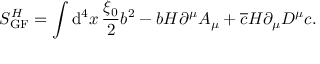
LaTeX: S _ { \mathrm { G F } } ^ { H } = \int \mathrm { d } ^ { 4 } x \, \frac { \xi _ { 0 } } { 2 } b ^ { 2 } - b H \partial ^ { \mu } A _ { \mu } + \overline { { c } } H \partial _ { \mu } D ^ { \mu } c .